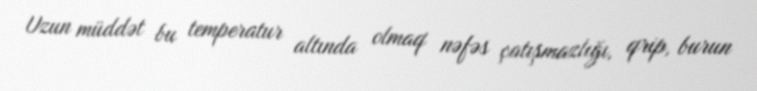
Uzun müddət bu temperatur altında olmaq nəfəs çatışmazlığı, qrip, burun